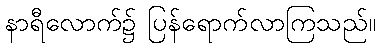
နာရီလောက်၌ ပြန်ရောက်လာကြသည်။